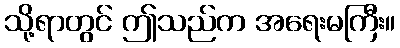
သို့ရာတွင် ဤသည်က အရေးမကြီး။